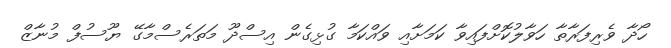
ހޯދާ ވެރިފަރާތާ ހަވާލުކޮށްފައިވާ ކަމަށާއި ވައްކަމާ ގުޅިގެން އިސްދޫ މަތަރެސްމާގޭ ޔޫސުފް މުނާޒް